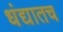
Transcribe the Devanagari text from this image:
धंद्यातच